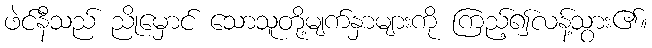
ဖဲင်နီသည် ညိုမှောင် သောသူတို့မျက်နှာများကို ကြည့်၍လန့်သွား၏။